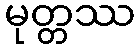
မုတ္တဿ